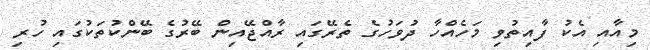
މިއާއި އެކު ފާއިތުވި މަހެއްހާ ދުވަހުގެ ތެރޭގައި ރާއްޖޭއިން ބޭރުގެ ބޭންކުތަކުގައި ހުރި